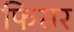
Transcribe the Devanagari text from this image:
फिसर